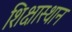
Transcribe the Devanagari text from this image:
शिक्षास्थान